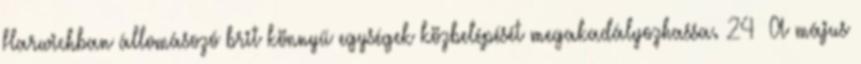
Harwichban állomásozó brit könnyű egységek közbelépését megakadályozhassa. 24 A május